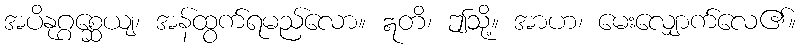
အပိနုဂ္ဂစ္ဆေယျ၊ အန်ထွက်ရမည်လော။ ဣတိ၊ ဤသို့။ အာဟ၊ မေးလျှောက်လေ၏။